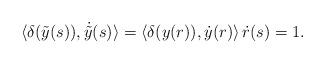
LaTeX: \begin{align*}\langle\delta(\tilde{y}(s)),\dot{\tilde{y}}(s)\rangle=\langle\delta(y(r)),\dot y(r)\rangle\,\dot{r}(s) =1.\end{align*}